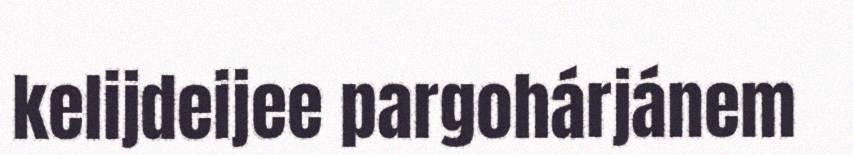
kelijdeijee pargohárjánem